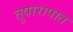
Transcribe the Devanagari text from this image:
तुषारापात